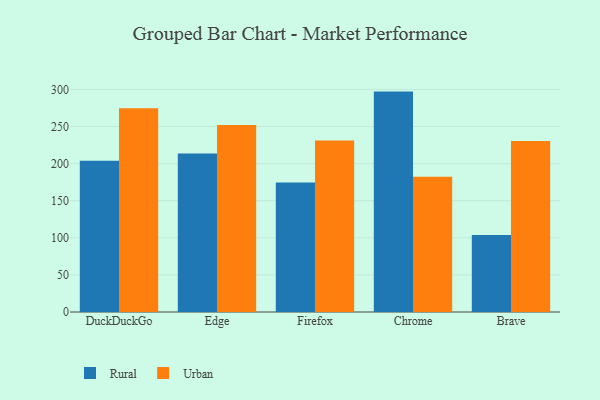
{"axis": {"x": "Browser", "y": "Market Share (%)"}, "legend": ["Rural", "Urban"], "data": [{"x": "DuckDuckGo", "y": 203.8, "type": "Rural"}, {"x": "DuckDuckGo", "y": 274.8, "type": "Urban"}, {"x": "Edge", "y": 213.8, "type": "Rural"}, {"x": "Edge", "y": 252.2, "type": "Urban"}, {"x": "Firefox", "y": 174.6, "type": "Rural"}, {"x": "Firefox", "y": 231.2, "type": "Urban"}, {"x": "Chrome", "y": 297.1, "type": "Rural"}, {"x": "Chrome", "y": 182.4, "type": "Urban"}, {"x": "Brave", "y": 103.9, "type": "Rural"}, {"x": "Brave", "y": 230.6, "type": "Urban"}]}